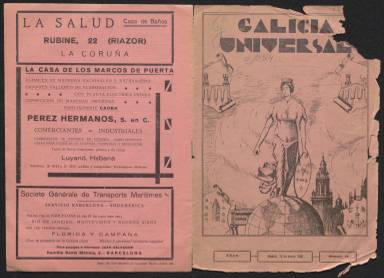
Título: Galicia universal
Colección: Cultura
Ámbito geográfico: Madrid
Lugar de publicación: Madrid
Fechas: 15/01/1936-01/07/1936